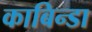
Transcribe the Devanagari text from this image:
काबिन्डा